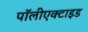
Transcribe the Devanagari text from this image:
पॉलीएक्टाइड